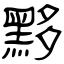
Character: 黟